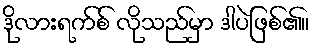
ဒိုလားရက်စ် လိုသည်မှာ ဒါပဲဖြစ်၏။